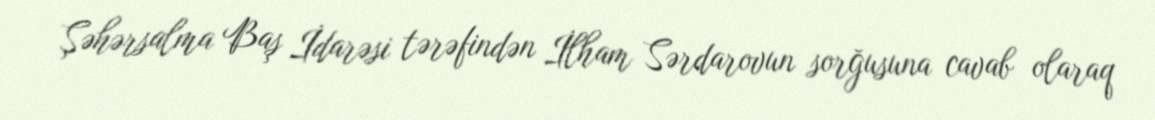
Şəhərsalma Baş İdarəsi tərəfindən İlham Sərdarovun sorğusuna cavab olaraq